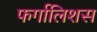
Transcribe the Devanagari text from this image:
फर्गालिशस